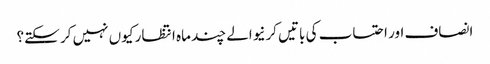
انصاف اور احتساب کی باتیں کرنیوالے چند ماہ انتظار کیوں نہیں کر سکتے؟